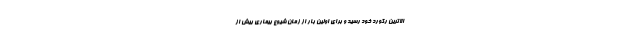
الاترین رکورد خود رسید و برای اولین بار از زمان شیوع بیماری بیش از